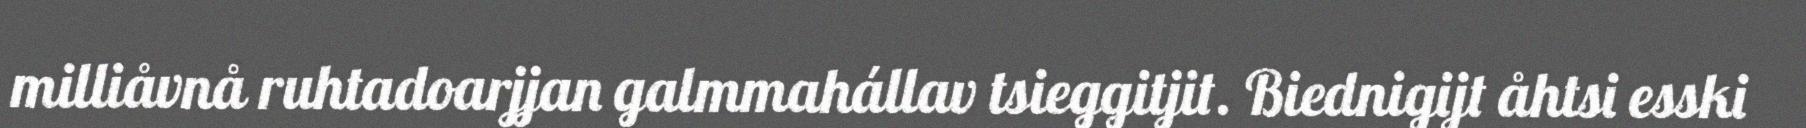
milliåvnå ruhtadoarjjan galmmahállav tsieggitjit. Biednigijt åhtsi esski